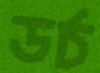
ডর্চ